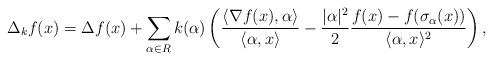
LaTeX: \begin{align*}\Delta_kf(x)=\Delta f(x)+\sum_{\alpha\in R}k(\alpha)\left(\frac{\langle\nabla f(x),\alpha\rangle}{\langle\alpha,x\rangle}-\frac{|\alpha|^2}{2}\frac{f(x)-f(\sigma_\alpha(x))}{\langle\alpha,x\rangle^2}\right),\end{align*}